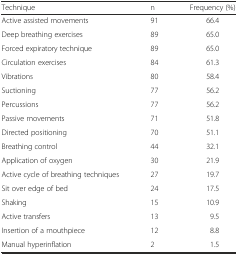
<table><thead><tr><td><b>Technique</b></td><td><b>n</b></td><td><b>Frequency (%)</b></td></tr></thead><tbody><tr><td>Active assisted movements</td><td>91</td><td>66.4</td></tr><tr><td>Deep breathing exercises</td><td>89</td><td>65.0</td></tr><tr><td>Forced expiratory technique</td><td>89</td><td>65.0</td></tr><tr><td>Circulation exercises</td><td>84</td><td>61.3</td></tr><tr><td>Vibrations</td><td>80</td><td>58.4</td></tr><tr><td>Suctioning</td><td>77</td><td>56.2</td></tr><tr><td>Percussions</td><td>77</td><td>56.2</td></tr><tr><td>Passive movements</td><td>71</td><td>51.8</td></tr><tr><td>Directed positioning</td><td>70</td><td>51.1</td></tr><tr><td>Breathing control</td><td>44</td><td>32.1</td></tr><tr><td>Application of oxygen</td><td>30</td><td>21.9</td></tr><tr><td>Active cycle of breathing techniques</td><td>27</td><td>19.7</td></tr><tr><td>Sit over edge of bed</td><td>24</td><td>17.5</td></tr><tr><td>Shaking</td><td>15</td><td>10.9</td></tr><tr><td>Active transfers</td><td>13</td><td>9.5</td></tr><tr><td>Insertion of a mouthpiece</td><td>12</td><td>8.8</td></tr><tr><td>Manual hyperinflation</td><td>2</td><td>1.5</td></tr></tbody></table>